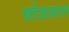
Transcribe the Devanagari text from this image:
सोडलात